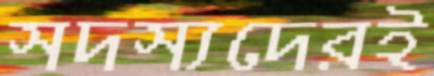
সদস্যদেরই